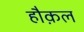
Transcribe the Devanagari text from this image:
हौक़ल